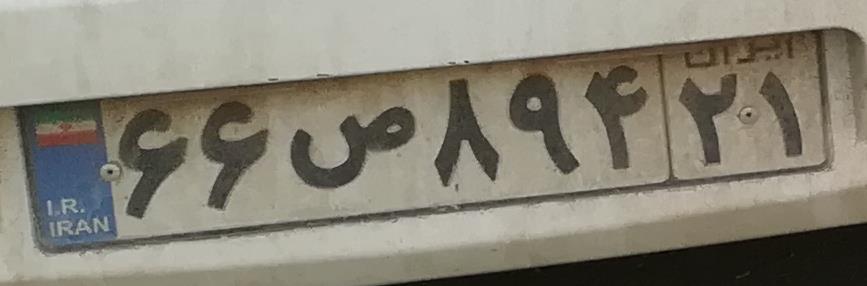
۶۶ص۸۹۴۲۱